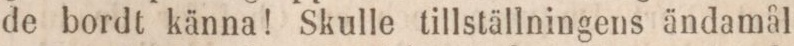
de bordt känna! Skulle tillställningens ändamål